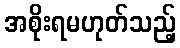
အစိုးရမဟုတ်သည့်